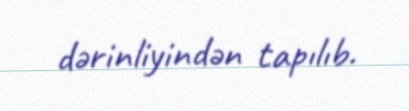
dərinliyindən tapılıb.